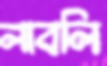
লাবলি